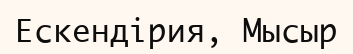
Ескендірия, Мысыр